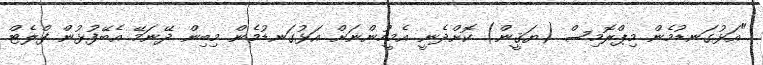
"އަޅުގަނޑުމެން މިޕްރޮމިސް (ޔަޤީން) ކޮށްދެނީ އެމީހުންނަށް އަޅުގަނޑުމެން މިބިން ދޭނަމޭ އެބޭފުޅުން ފްލެޓް